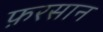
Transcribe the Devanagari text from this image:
फ़रसान